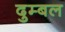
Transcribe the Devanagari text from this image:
दुम्बल